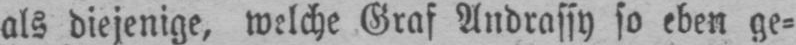
als diejenige, welche Graf Andrassy so eben ge⸗